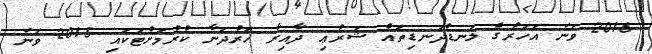
2016 ވަނަ އަހަރުގެ ލަނޑުދަނޑިތައް ޝަރުޢި ދާއިރާ ހަރުދަނާ ކުރުމަށްޓަކައި 2015 ވަނަ